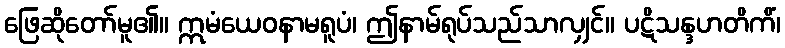
ဖြေဆိုတော်မူ၏။ ဣမံယေဝနာမရူပံ၊ ဤနာမ်ရုပ်သည်သာလျှင်။ ပဋိသန္ဒဟတိကိံ၊